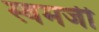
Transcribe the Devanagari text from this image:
स्वमर्जी